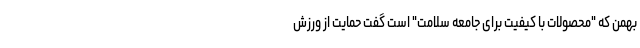
بهمن که "محصولات با کیفیت برای جامعه سلامت" است گفت حمایت از ورزش